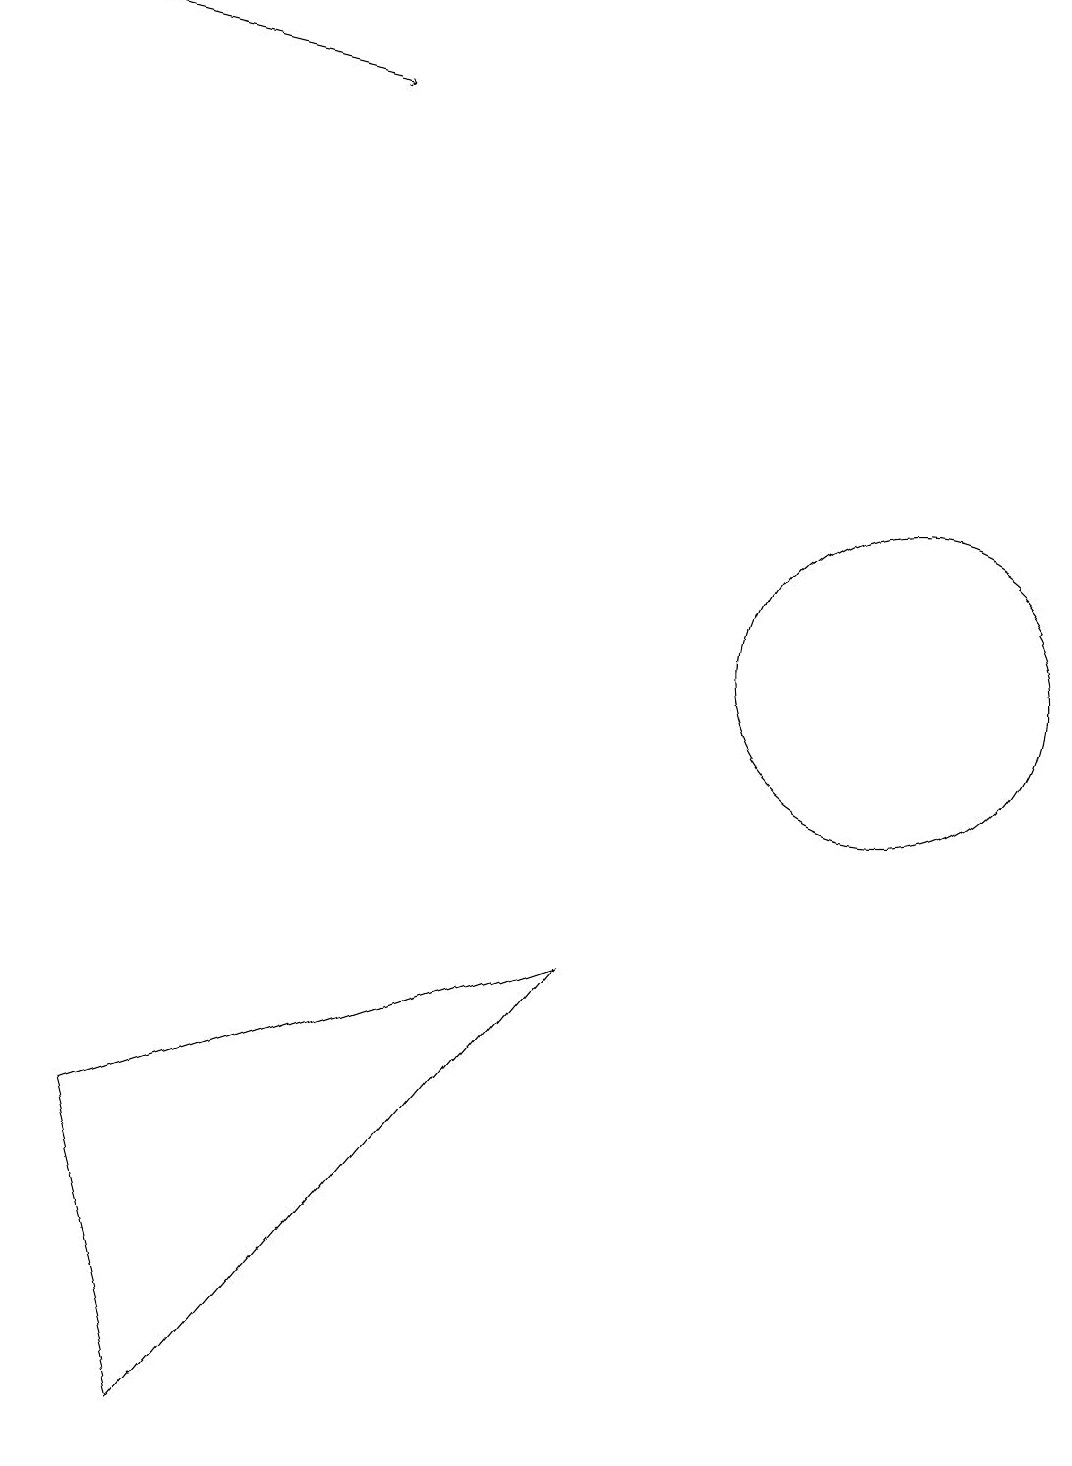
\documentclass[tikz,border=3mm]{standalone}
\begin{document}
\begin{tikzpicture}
\draw (11,10) circle (2);
\draw[->] (0,18) -- (4,17);
\draw (2,0) -- (1,4) -- (7,6) -- cycle;
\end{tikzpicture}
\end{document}